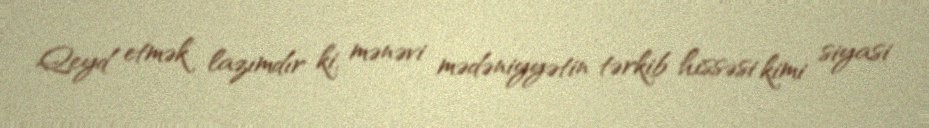
Qeyd etmək lazımdır ki, mənəvi mədəniyyətin tərkib hissəsi kimi siyasi